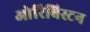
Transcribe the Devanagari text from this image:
ओरिबिस्टन